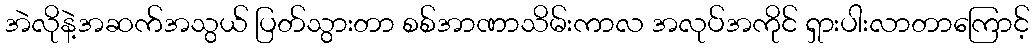
အဲလိုနဲ့အဆက်အသွယ် ပြတ်သွားတာ စစ်အာဏာသိမ်းကာလ အလုပ်အကိုင် ရှားပါးလာတာကြောင့်